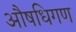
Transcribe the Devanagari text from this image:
औषधिगण